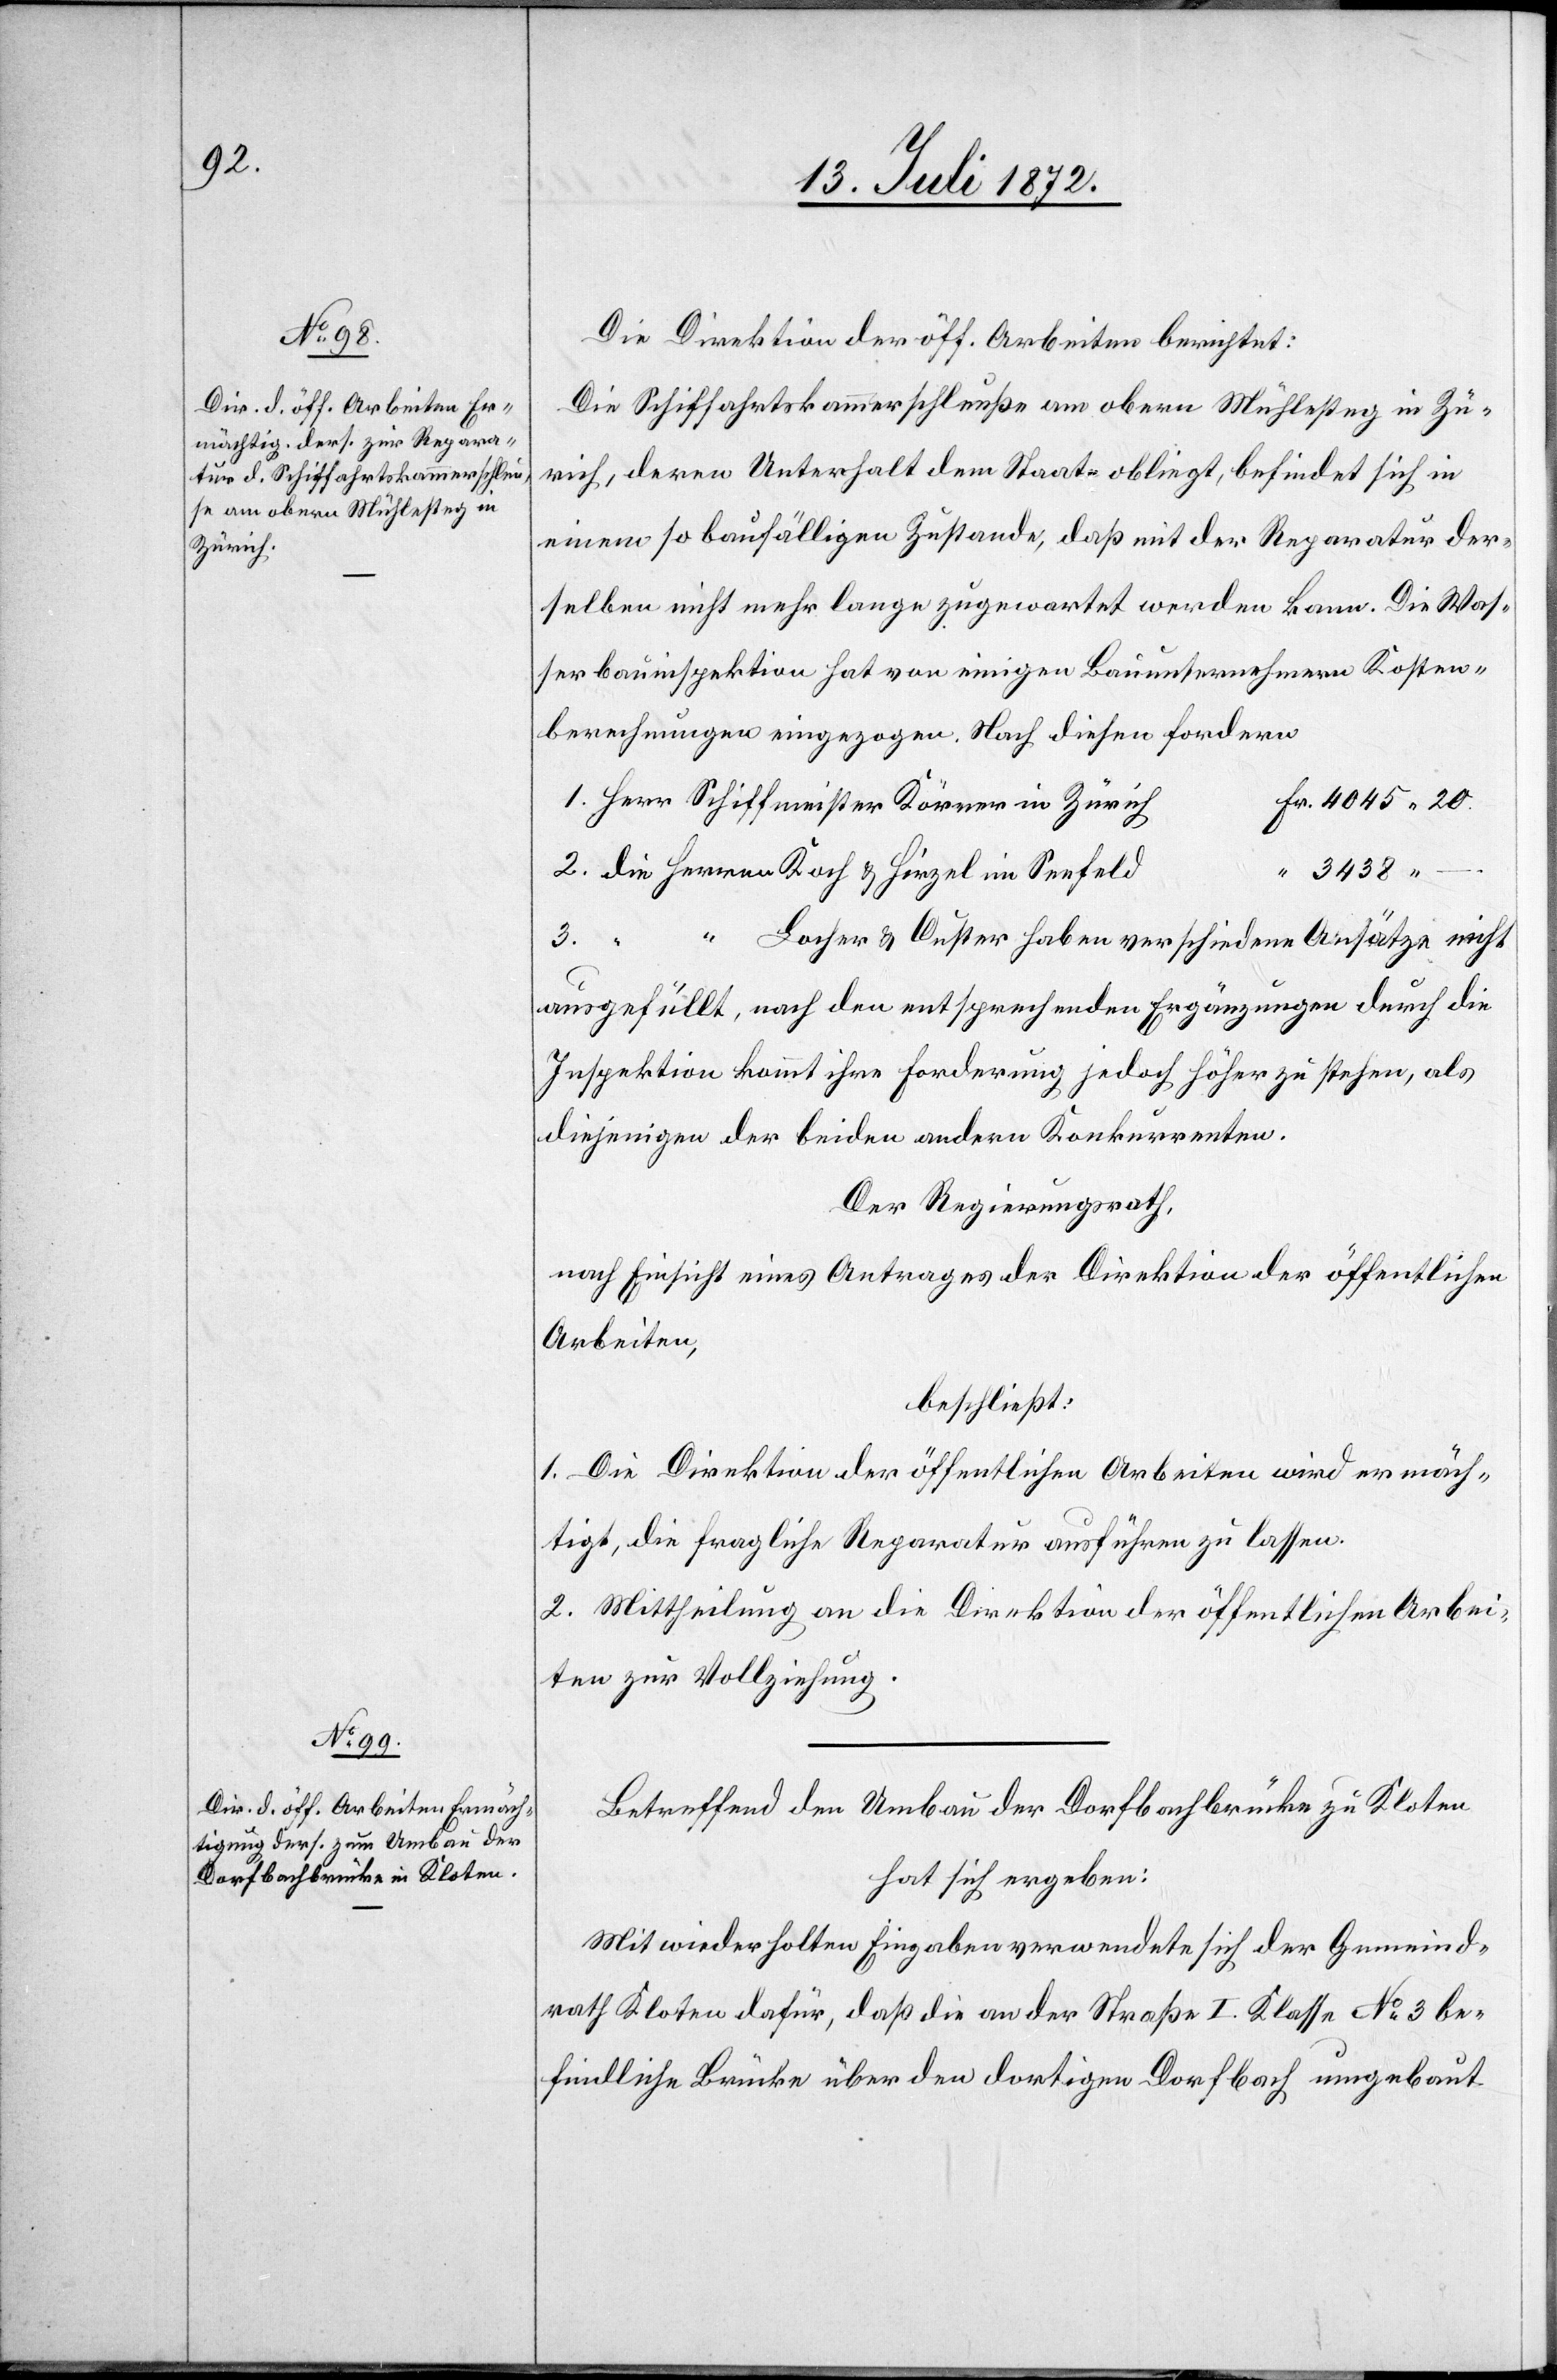
Die Direktion der öff. Arbeiten berichtet:
Die Schiffahrtskammerschleuße am obern Mühlesteg in Zü¬
rich, deren Unterhalt dem Staate obliegt, befindet sich in
einem so baufälligen Zustande, daß mit der Reparatur der¬
selben nicht mehr lange zugewartet werden kann. Die Was¬
serbauinspektion hat von einigen Bauunternehmern Kosten¬
berechnungen eingezogen. Nach diesen fordern
Herr Schiffmeister Körner in Zürich
“ – .
Locher u. Custer haben verschiedene Ansätze nicht
u.
3.
ausgefüllt, nach den entsprechenden Ergänzungen durch die
Inspektion kommt ihre Forderung jedoch höher zu stehen, als
diejenigen der beiden andern Konkurrenten.
Der Regierungsrath,
nach Einsicht eines Antrages der Direktion der öffentlichen
Arbeiten,
beschließt:
1. Die Direktion der öffentlichen Arbeiten wird ermäch¬
tigt, die fragliche Reparatur ausführen zu lassen.
2. Mittheilung an die Direktion der öffentlichen Arbei¬
ten zur Vollziehung.
Betreffend den Umbau der Dorfbachbrücke zu Kloten
hat sich ergeben:
Mit wiederholten Eingaben verwendete sich der Gemeind¬
rath Kloten dafür, daß die an der Straße I. Klasse No 3 be¬
findliche Brücke über den dortigen Dorfbach umgebaut